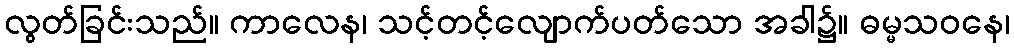
လွတ်ခြင်းသည်။ ကာလေန၊ သင့်တင့်လျောက်ပတ်သော အခါ၌။ ဓမ္မသဝနေ၊